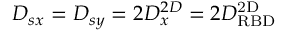
D _ { s x } = D _ { s y } = 2 D _ { x } ^ { 2 D } = 2 D _ { \mathrm { R B D } } ^ { \mathrm { 2 D } }